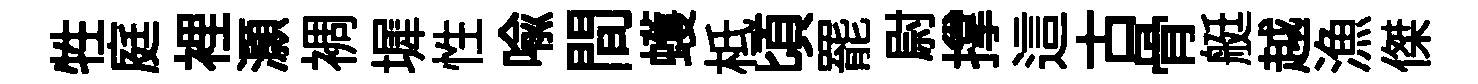
牲庭裡灝裯墀性喩間蠖柢頃罷尉撑這古骨艇越漁傑